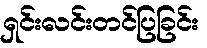
ရှင်းလင်းတင်ပြခြင်း